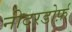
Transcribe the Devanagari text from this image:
नीदरडोर्फ़